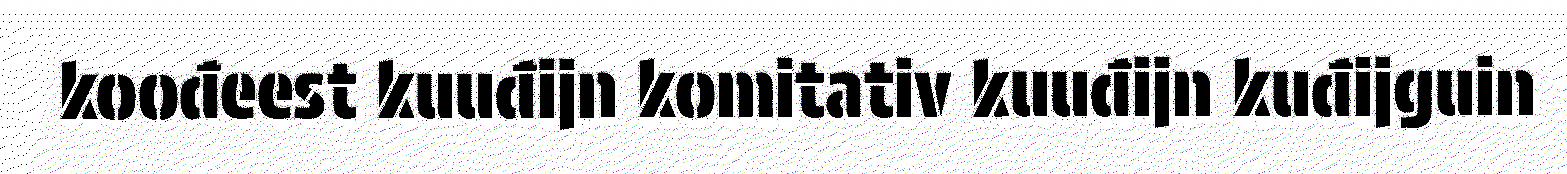
koođeest kuuđijn komitativ kuuđijn kuđijguin